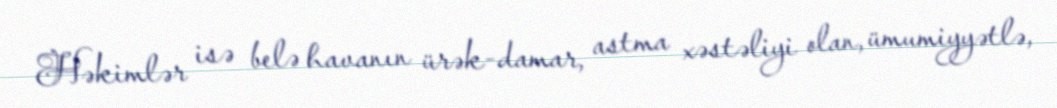
Həkimlər isə belə havanın ürək-damar, astma xəstəliyi olan, ümumiyyətlə,